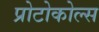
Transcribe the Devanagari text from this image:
प्रोटोकोल्स